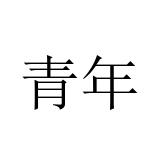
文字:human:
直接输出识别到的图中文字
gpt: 青年